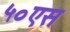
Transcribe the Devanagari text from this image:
५०एस